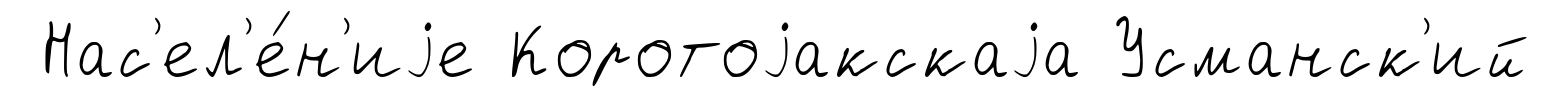
Нас'ел'е́н'иjе Коротоjакскаjа Усманск'ий